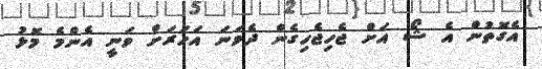
އެގޮތުން އެ ޝޯ އަށް ޖެހިޖެހިގެން ދެވަނަ އަހަރަށް ވަނީ އެންމެ މޮޅު